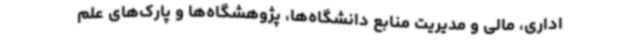
اداری، مالی و مدیریت منابع دانشگاه‌ها، پژوهشگاه‌ها و پارک‌های علم